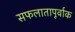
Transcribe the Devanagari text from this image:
सफलातापूर्वाक